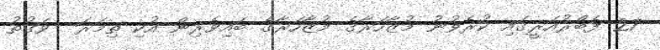
27 ފެބްރުއަރީގައި ކުރެވުނު މުޒާހަރާގެ މުޒާހަރާގެ ބައިވެރިން އުކި ތިމަރަ  ވަގުތު